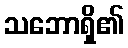
သဘောရှိ၏